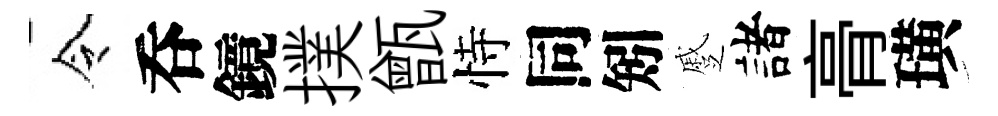
令呑鏡撲甑恃同矧蹙諸𮌔璜